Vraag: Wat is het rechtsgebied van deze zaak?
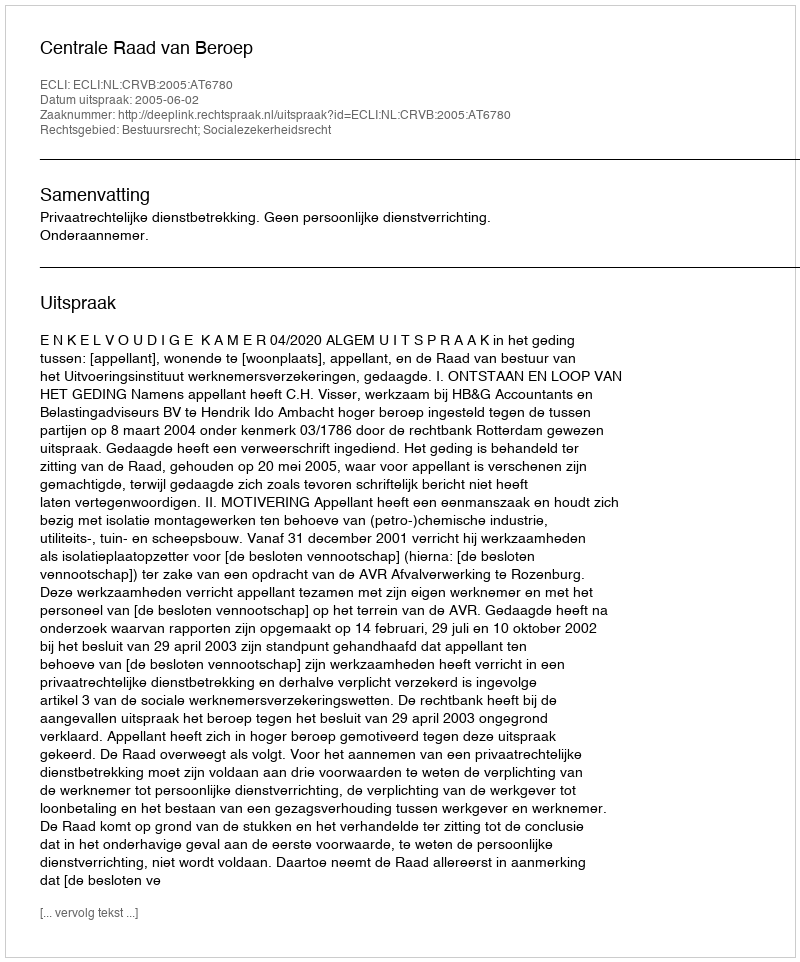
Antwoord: Bestuursrecht; Socialezekerheidsrecht